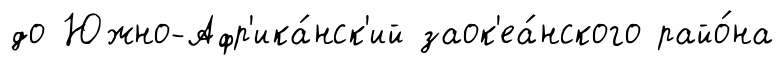
до Южно-Афр'ика́нск'ий заок'еа́нского райо́на